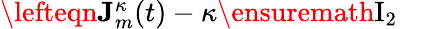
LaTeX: \begin{array}{rl}{\lefteqn{\mathbf{J}_{m}^{\kappa}(t)-\kappa\ensuremath{\mathrm{I}_{2}}}}&{{}}\end{array}